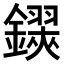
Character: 𨮅